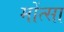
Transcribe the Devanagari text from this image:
मोंत्सा